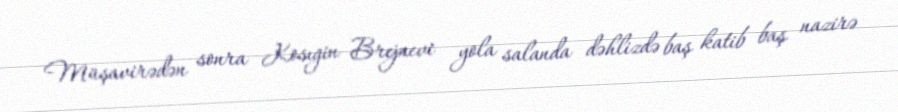
Müşavirədən sonra Kosıgin Brejnevi yola salanda dəhlizdə baş katib baş nazirə